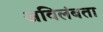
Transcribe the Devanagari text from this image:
अविलंबता